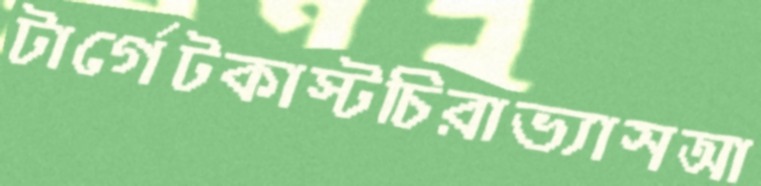
টার্গেটকাস্টচিরাভ্যাসআ